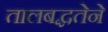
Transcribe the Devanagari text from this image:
तालबद्धतेने